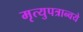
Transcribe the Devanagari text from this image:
मृत्युपत्रान्वये